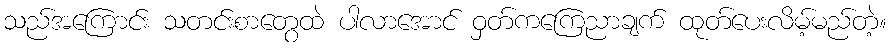
သည်အကြောင်း သတင်းစာတွေထဲ ပါလာအောင် ဝှတ်ကကြေညာချက် ထုတ်ပေးလိမ့်မည်တဲ့။